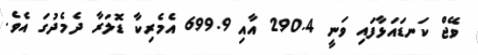
ވޭޖް ކަނޑައަޅާފައި ވަނީ 290.4 އާއި 699.9 އެމެރިކާ ޑޮލަރާ ދެމެދުގަ އެވެ.